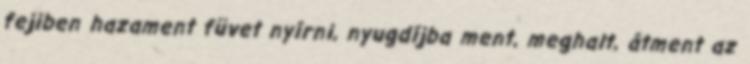
fejiben hazament füvet nyírni, nyugdíjba ment, meghalt, átment az